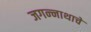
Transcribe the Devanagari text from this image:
जगन्‍नाथाचे